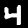
Digit: 4